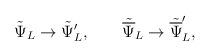
LaTeX: \begin{align*}{\tilde\Psi}_L \rightarrow {\tilde\Psi}'_L, \qquad{\tilde{\overline\Psi}}_L \rightarrow {\tilde{\overline\Psi}}'_L ,\end{align*}